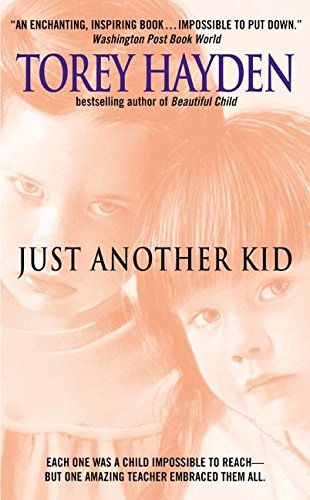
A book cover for Just Another Kid; Torey Hayden; Biographies & Memoirs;